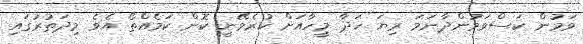
ވަމުން ކަސްވަމުންދާނަމަ ރިޔަ ހަދާ މީހާއަށް ކުރެވޭނީ ކޮން ކަމެއްތޯ އެވެ މިދަތުރުގައި